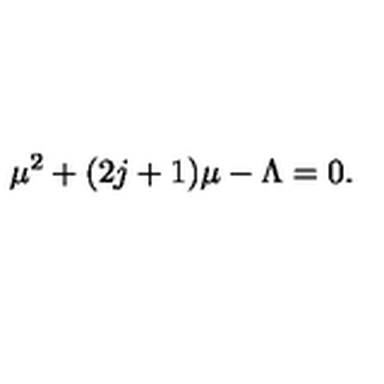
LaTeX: \mu ^ { 2 } + ( 2 j + 1 ) \mu - \Lambda = 0 .